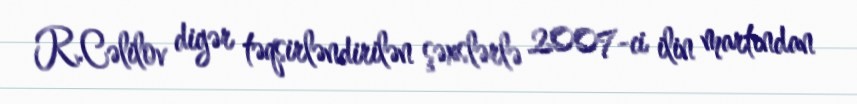
R.Cəlilov digər təqsirləndirilən şəxslərlə 2007-ci ilin martından